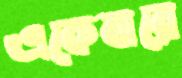
একেবারে